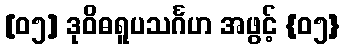
[၀၅] ဒုဝိဓရူပသင်္ဂဟ အဖွင့် {၀၅}